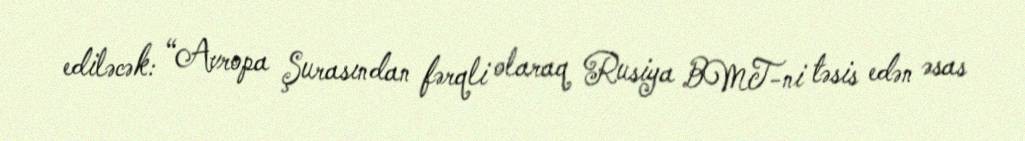
ediləcək: “Avropa Şurasından fərqli olaraq Rusiya BMT-ni təsis edən əsas